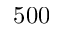
5 0 0